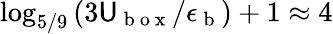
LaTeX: \log_{5/9}\left(3\mathsf{U}_{\mathrm{{~b~o~x~}}}/\epsilon_{\mathrm{{~b~}}}\right)+1\approx4